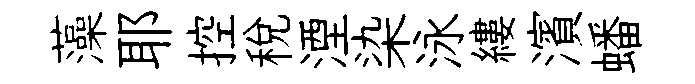
藻耶控税湮染泳縷濱蟠